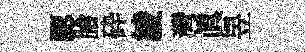
認膾砕綾灣真昱